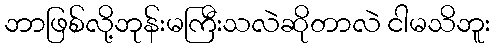
ဘာဖြစ်လို့ဘုန်းမကြီးသလဲဆိုတာလဲ ငါမသိဘူး